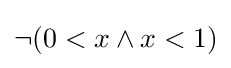
\neg (0<x\land x<1)